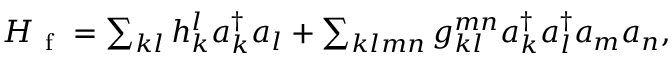
\begin{array} { r } { H _ { \mathrm { ~ f ~ } } = \sum _ { k l } h _ { k } ^ { l } a _ { k } ^ { \dagger } a _ { l } + \sum _ { k l m n } g _ { k l } ^ { m n } a _ { k } ^ { \dagger } a _ { l } ^ { \dagger } a _ { m } a _ { n } , } \end{array}